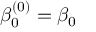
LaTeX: \beta _ { 0 } ^ { ( 0 ) } = \beta _ { 0 }